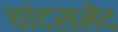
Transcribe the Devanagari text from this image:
चांदसमेद